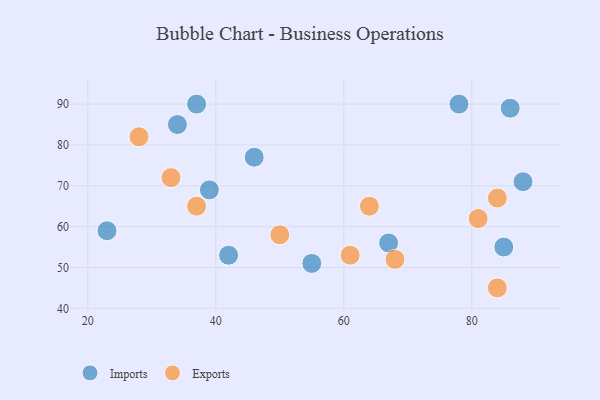
{"axis": {"x": "GDP", "y": "Life Expectancy"}, "legend": ["Exports", "Imports"], "data": [{"x": "37", "y": 90, "type": "Imports"}, {"x": "34", "y": 85, "type": "Imports"}, {"x": "46", "y": 77, "type": "Imports"}, {"x": "39", "y": 69, "type": "Imports"}, {"x": "85", "y": 55, "type": "Imports"}, {"x": "42", "y": 53, "type": "Imports"}, {"x": "67", "y": 56, "type": "Imports"}, {"x": "55", "y": 51, "type": "Imports"}, {"x": "86", "y": 89, "type": "Imports"}, {"x": "88", "y": 71, "type": "Imports"}, {"x": "23", "y": 59, "type": "Imports"}, {"x": "78", "y": 90, "type": "Imports"}, {"x": "61", "y": 53, "type": "Exports"}, {"x": "37", "y": 65, "type": "Exports"}, {"x": "28", "y": 82, "type": "Exports"}, {"x": "68", "y": 52, "type": "Exports"}, {"x": "33", "y": 72, "type": "Exports"}, {"x": "81", "y": 62, "type": "Exports"}, {"x": "64", "y": 65, "type": "Exports"}, {"x": "84", "y": 67, "type": "Exports"}, {"x": "50", "y": 58, "type": "Exports"}, {"x": "84", "y": 45, "type": "Exports"}]}